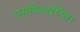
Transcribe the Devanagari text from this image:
एनसेफेलाईटिस।